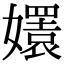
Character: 𡣱